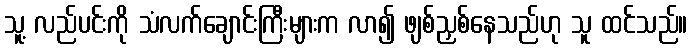
သူ့ လည်ပင်းကို သံလက်ချောင်းကြီးများက လာ၍ ဖျစ်ညှစ်နေသည်ဟု သူ ထင်သည်။